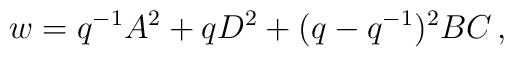
w=q^{-1}A^2 +qD^2 +(q-q^{-1})^2 BC\,,